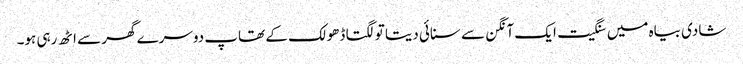
شادی بیاہ میں سنگیت ایک آنگن سے سنائی دیتا تو لگتا ڈھولک کے تھاپ دوسرے گھر سے اٹھ رہی ہو۔